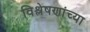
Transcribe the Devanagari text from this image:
विश्लेषणांच्या